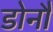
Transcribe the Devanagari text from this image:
डोनौ